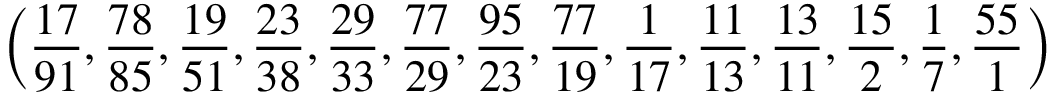
\left( { \frac { 1 7 } { 9 1 } } , { \frac { 7 8 } { 8 5 } } , { \frac { 1 9 } { 5 1 } } , { \frac { 2 3 } { 3 8 } } , { \frac { 2 9 } { 3 3 } } , { \frac { 7 7 } { 2 9 } } , { \frac { 9 5 } { 2 3 } } , { \frac { 7 7 } { 1 9 } } , { \frac { 1 } { 1 7 } } , { \frac { 1 1 } { 1 3 } } , { \frac { 1 3 } { 1 1 } } , { \frac { 1 5 } { 2 } } , { \frac { 1 } { 7 } } , { \frac { 5 5 } { 1 } } \right)